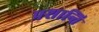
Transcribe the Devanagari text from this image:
प्रशान्ति